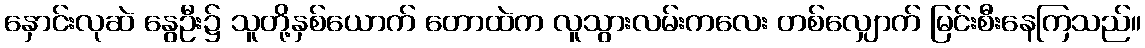
နှောင်းလုဆဲ နွေဦး၌ သူတို့နှစ်ယောက် တောထဲက လူသွားလမ်းကလေး တစ်လျှောက် မြင်းစီးနေကြသည်။